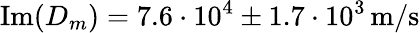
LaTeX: \operatorname{Im}(D_{m})=7.6\cdot 10^{4}\pm 1.7\cdot 10^{3}\, \mathrm{m/s}